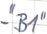
Text: -"B1"